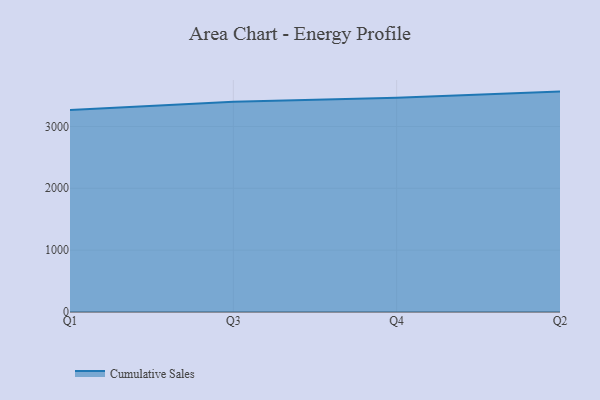
{"axis": {"x": "Quarter", "y": "Temperature (°C)"}, "legend": ["Cumulative Sales"], "data": [{"x": "Q1", "y": 3266.9, "type": "Cumulative Sales"}, {"x": "Q3", "y": 3397.4, "type": "Cumulative Sales"}, {"x": "Q4", "y": 3463.2, "type": "Cumulative Sales"}, {"x": "Q2", "y": 3562.7, "type": "Cumulative Sales"}]}